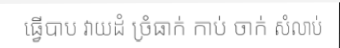
ធ្វើបាប វាយដំ ច្រំធាក់ កាប់ ចាក់ សំលាប់